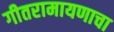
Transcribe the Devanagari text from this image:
गीतरामायणाचा